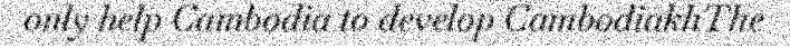
only help Cambodia to develop CambodiakhThe